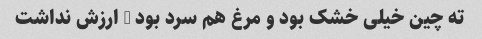
ته چین خیلی خشک بود و مرغ هم سرد بود … ارزش نداشت